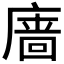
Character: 𪪞